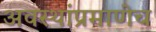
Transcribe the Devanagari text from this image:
अवस्थांप्रमाणेच